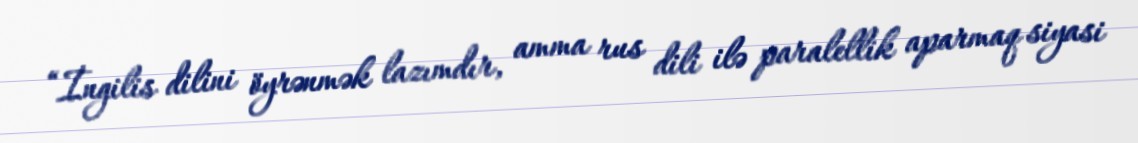
“İngilis dilini öyrənmək lazımdır, amma rus dili ilə paralellik aparmaq siyasi